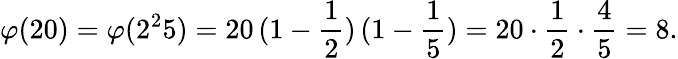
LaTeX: \varphi(20)=\varphi(2^{2}5)=20\, (1-{\frac{1}{2}})\, (1-{\frac{1}{5}})=20\cdot{\frac{1}{2}}\cdot{\frac{4}{5}}=8.